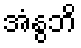
အံနွဘိ